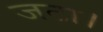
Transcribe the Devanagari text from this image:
जटा।